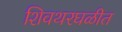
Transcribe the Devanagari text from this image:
शिवथरघळीत